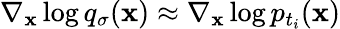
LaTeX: \nabla_{\mathbf{x}}\log q_{\sigma}(\mathbf{x})\approx\nabla_{\mathbf{x}}\log p_{t_{i}}(\mathbf{x})